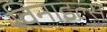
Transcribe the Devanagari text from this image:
विनाइल्स